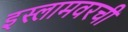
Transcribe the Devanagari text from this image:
इस्लामवरची